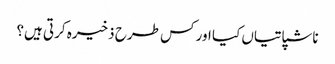
ناشپاتیاں کیا اور کس طرح ذخیرہ کرتی ہیں؟